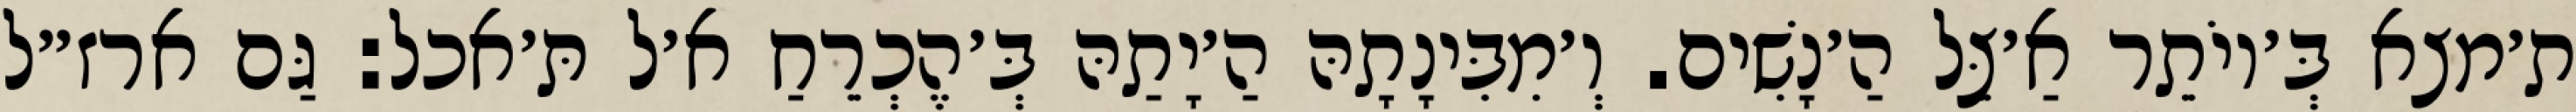
ת׳מצא בְּ׳יוֹתֵר אַ׳צֵּל הַ׳נָשִׁים. וְ׳מִבִּינָתָהּ הַ׳יָתַהּ בְּ׳הֶכְרֵחַ א׳ל תּ׳אכל: גַּם ארז״ל